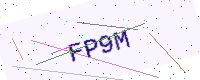
Text: FP9M